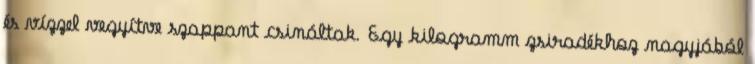
és vízzel vegyítve szappant csináltak. Egy kilogramm zsiradékhoz nagyjából